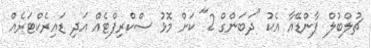
ޗުލްބުލް ޕާންޑޭއާ އެކު "ދަބަންގް 2" ކަށް މޮޅު ސްކްރިޕްޓެއް އަދި ޑައިރެކްޓަރެއް